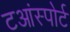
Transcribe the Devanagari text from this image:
टआंस्पोर्ट